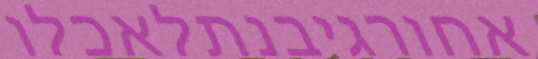
אחורגיבנתלאכלו